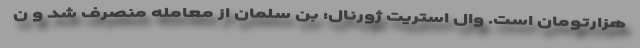
هزارتومان است. وال استریت ژورنال: بن سلمان از معامله منصرف شد و ن